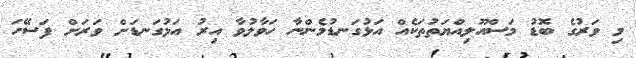
މި ވަރުގެ ބޮޑު މަސްއޫލިއްޔަތުތަކެއް އަޅުގަނޑުމެންނާ ހަވާލުވާ އިރު އަޅުގަނޑަށް ވަރަށް ފަސޭހަ